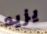
يزيد